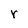
Character: r